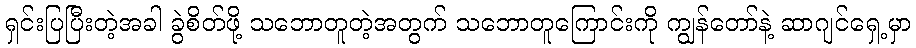
ရှင်းပြပြီးတဲ့အခါ ခွဲစိတ်ဖို့ သဘောတူတဲ့အတွက် သဘောတူကြောင်းကို ကျွန်တော်နဲ့ ဆာဂျင်ရှေ့မှာ